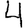
Digit: 4